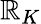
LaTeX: \mathbb{R}_{K}